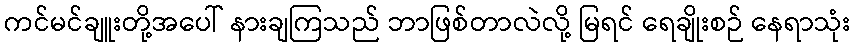
ကင်မင်ချူးတို့အပေါ် နားချကြသည် ဘာဖြစ်တာလဲလို့ မြရင် ရေချိုးစဉ် နေရာသုံး